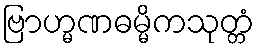
ဗြာဟ္မဏဓမ္မိကသုတ္တံ